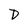
Character: D